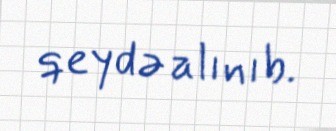
qeydə alınıb.